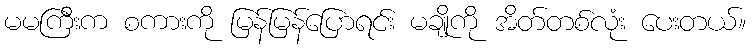
မမကြီးက စကားကို မြန်မြန်ပြောရင်း မချိုကို အိတ်တစ်လုံး ပေးတယ်။